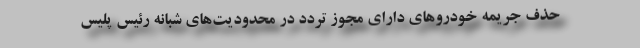
حذف جریمه خودروهای دارای مجوز تردد در محدودیت‌های شبانه رئیس پلیس